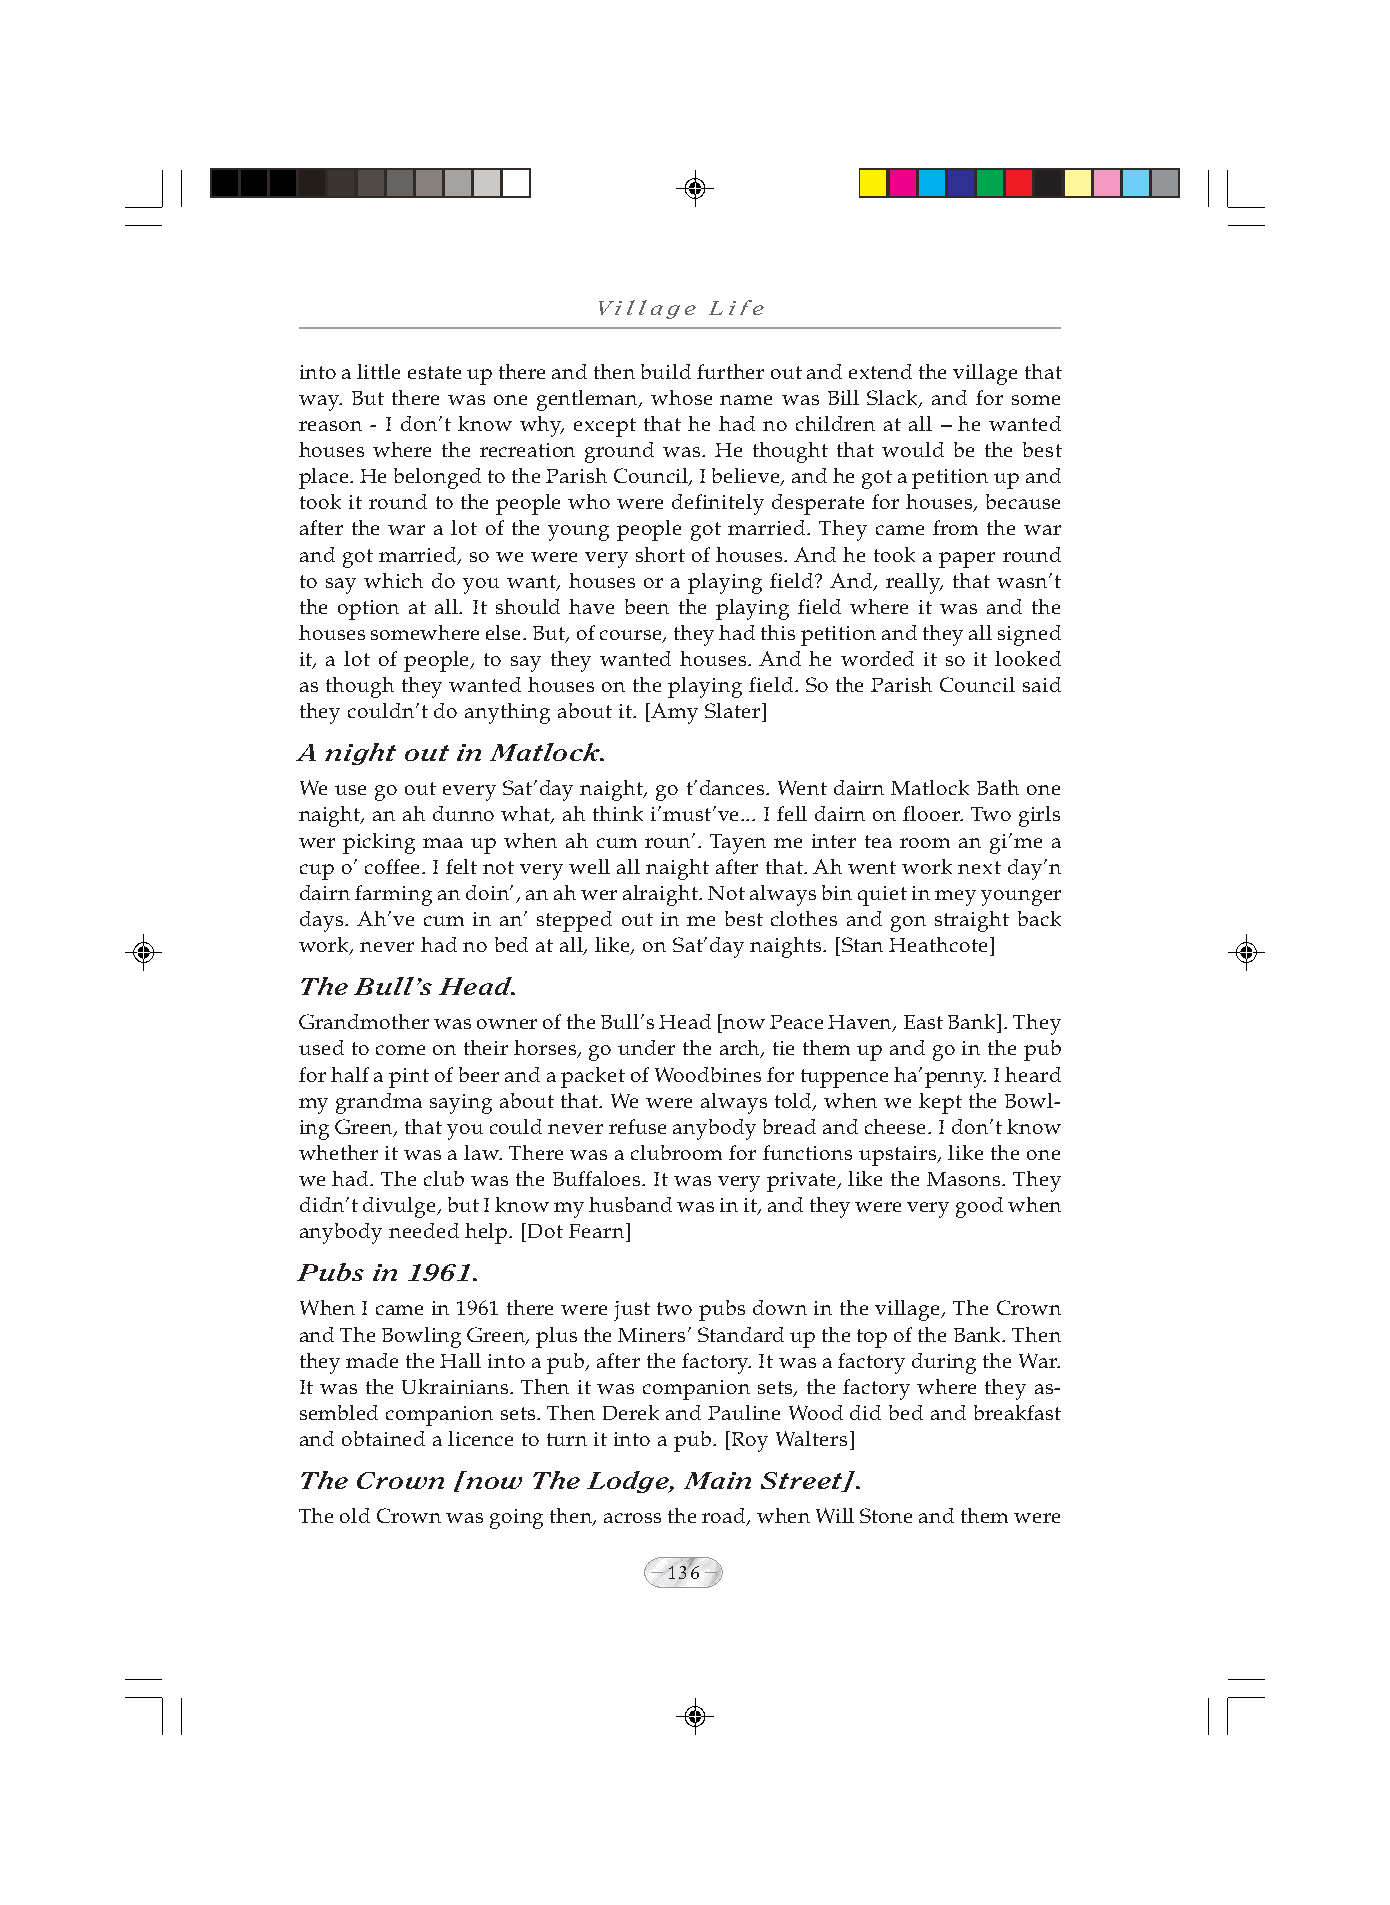
Village Life
 into a little estate up there and then build further out and extend the village that
 way. But there was one gentleman, whose name was Bill Slack, and for some
 reason - I don’t know why, except that he had no children at all – he wanted
 houses where the recreation ground was. He thought that would be the best
 place. He belonged to the Parish Council, I believe, and he got a petition up and
 took it round to the people who were definitely desperate for houses, because
 after the war a lot of the young people got married. They came from the war
 and got married, so we were very short of houses. And he took a paper round
 to say which do you want, houses or a playing field? And, really, that wasn’t
 the option at all. It should have been the playing field where it was and the
 houses somewhere else. But, of course, they had this petition and they all signed
 it, a lot of people, to say they wanted houses. And he worded it so it looked
 as though they wanted houses on the playing field. So the Parish Council said
 they couldn’t do anything about it. [Amy Slater]
 A night out in Matlock.
 We use go out every Sat’day naight, go t’dances. Went dairn Matlock Bath one
 naight, an ah dunno what, ah think i’must’ve... I fell dairn on flooer. Two girls
 wer picking maa up when ah cum roun’. Tayen me inter tea room an gi’me a
 cup o’ coffee. I felt not very well all naight after that. Ah went work next day’n
 dairn farming an doin’, an ah wer alraight. Not always bin quiet in mey younger
 days. Ah’ve cum in an’ stepped out in me best clothes and gon straight back
 work, never had no bed at all, like, on Sat’day naights. [Stan Heathcote]
 The Bull’s Head.
 Grandmother was owner of the Bull’s Head [now Peace Haven, East Bank]. They
 used to come on their horses, go under the arch, tie them up and go in the pub
 for half a pint of beer and a packet of Woodbines for tuppence ha’penny. I heard
 my grandma saying about that. We were always told, when we kept the Bowl-
 ing Green, that you could never refuse anybody bread and cheese. I don’t know
 whether it was a law. There was a clubroom for functions upstairs, like the one
 we had. The club was the Buffaloes. It was very private, like the Masons. They
 didn’t divulge, but I know my husband was in it, and they were very good when
 anybody needed help. [Dot Fearn]
 Pubs in 1961.
 When I came in 1961 there were just two pubs down in the village, The Crown
 and The Bowling Green, plus the Miners’ Standard up the top of the Bank. Then
 they made the Hall into a pub, after the factory. It was a factory during the War.
 It was the Ukrainians. Then it was companion sets, the factory where they as-
 sembled companion sets. Then Derek and Pauline Wood did bed and breakfast
 and obtained a licence to turn it into a pub. [Roy Walters]
 The Crown [now The Lodge, Main Street].
 The old Crown was going then, across the road, when Will Stone and them were
 136